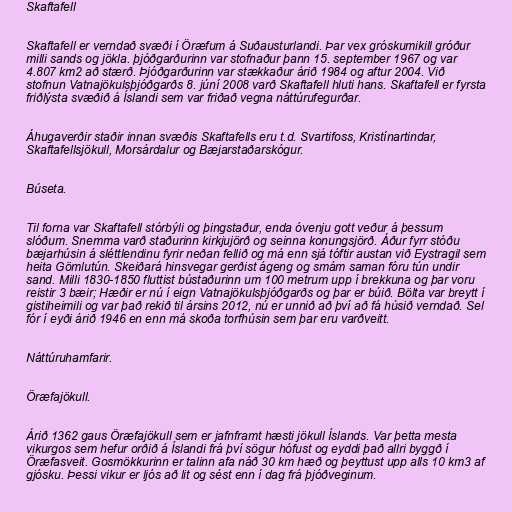
Skaftafell

Skaftafell er verndað svæði í Öræfum á Suðausturlandi. Þar vex gróskumikill gróður
milli sands og jökla. þjóðgarðurinn var stofnaður þann 15. september 1967 og var
4.807 km2 að stærð. Þjóðgarðurinn var stækkaður árið 1984 og aftur 2004. Við
stofnun Vatnajökulsþjóðgarðs 8. júní 2008 varð Skaftafell hluti hans. Skaftafell er fyrsta
friðlýsta svæðið á Íslandi sem var friðað vegna náttúrufegurðar.

Áhugaverðir staðir innan svæðis Skaftafells eru t.d. Svartifoss, Kristínartindar,
Skaftafellsjökull, Morsárdalur og Bæjarstaðarskógur.

Búseta.

Til forna var Skaftafell stórbýli og þingstaður, enda óvenju gott veður á þessum
slóðum. Snemma varð staðurinn kirkjujörð og seinna konungsjörð. Áður fyrr stóðu
bæjarhúsin á sléttlendinu fyrir neðan fellið og má enn sjá tóftir austan við Eystragil sem
heita Gömlutún. Skeiðará hinsvegar gerðist ágeng og smám saman fóru tún undir
sand. Milli 1830-1850 fluttist bústaðurinn um 100 metrum upp í brekkuna og þar voru
reistir 3 bæir; Hæðir er nú í eign Vatnajökulsþjóðgarðs og þar er búið. Bölta var breytt í
gistiheimili og var það rekið til ársins 2012, nú er unnið að því að fá húsið verndað. Sel
fór í eyði árið 1946 en enn má skoða torfhúsin sem þar eru varðveitt.

Náttúruhamfarir.

Öræfajökull.

Árið 1362 gaus Öræfajökull sem er jafnframt hæsti jökull Íslands. Var þetta mesta
vikurgos sem hefur orðið á Íslandi frá því sögur hófust og eyddi það allri byggð í
Öræfasveit. Gosmökkurinn er talinn afa náð 30 km hæð og þeyttust upp alls 10 km3 af
gjósku. Þessi vikur er ljós að lit og sést enn í dag frá þjóðveginum.